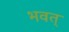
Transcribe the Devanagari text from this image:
भवत्